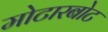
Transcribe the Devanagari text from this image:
मोटारबोट